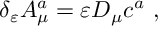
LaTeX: \delta _ { \varepsilon } A _ { \mu } ^ { a } = \varepsilon D _ { \mu } c ^ { a } ~ ,